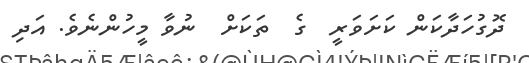
ދޮގުހަދާކަން ކަށަވަރީ  ގެ  ތަަކަށް  ނުވާ މީހުންނެވެ. އަދި